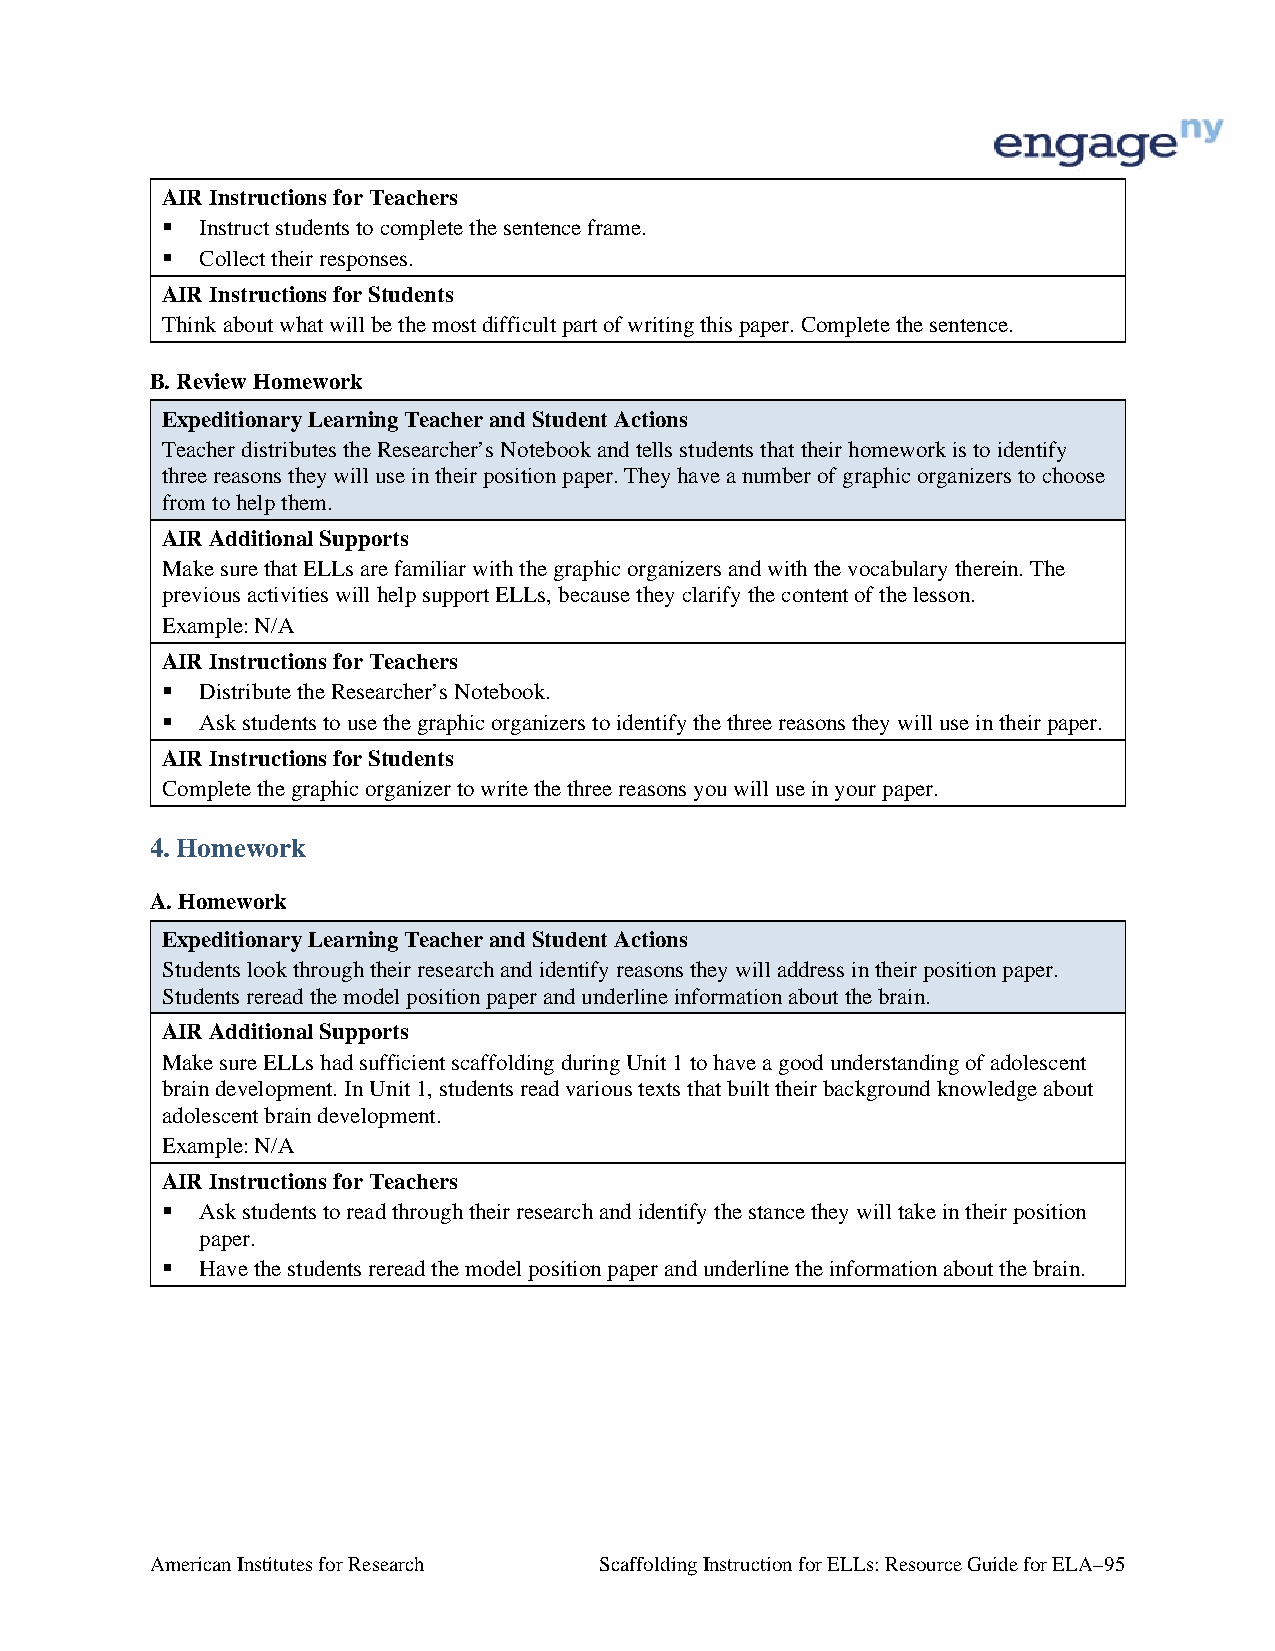
AIR Instructions for Teachers
  Instruct students to complete the sentence frame.
  Collect their responses.
 AIR Instructions for Students
 Think about what will be the most difficult part of writing this paper. Complete the sentence.
 B. Review Homework
 Expeditionary Learning Teacher and Student Actions
 Teacher distributes the Researcher’s Notebook and tells students that their homework is to identify
 three reasons they will use in their position paper. They have a number of graphic organizers to choose
 from to help them.
 AIR Additional Supports
 Make sure that ELLs are familiar with the graphic organizers and with the vocabulary therein. The
 previous activities will help support ELLs, because they clarify the content of the lesson.
 Example: N/A
 AIR Instructions for Teachers
  Distribute the Researcher’s Notebook.
  Ask students to use the graphic organizers to identify the three reasons they will use in their paper.
 AIR Instructions for Students
 Complete the graphic organizer to write the three reasons you will use in your paper.
 4. Homework
 A. Homework
 Expeditionary Learning Teacher and Student Actions
 Students look through their research and identify reasons they will address in their position paper.
 Students reread the model position paper and underline information about the brain.
 AIR Additional Supports
 Make sure ELLs had sufficient scaffolding during Unit 1 to have a good understanding of adolescent
 brain development. In Unit 1, students read various texts that built their background knowledge about
 adolescent brain development.
 Example: N/A
 AIR Instructions for Teachers
  Ask students to read through their research and identify the stance they will take in their position
 paper.
  Have the students reread the model position paper and underline the information about the brain.
 American Institutes for Research Scaffolding Instruction for ELLs: Resource Guide for ELA–95